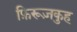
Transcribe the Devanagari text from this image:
फ़िरूज़कुह